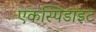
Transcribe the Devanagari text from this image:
एकस्पिडाइट